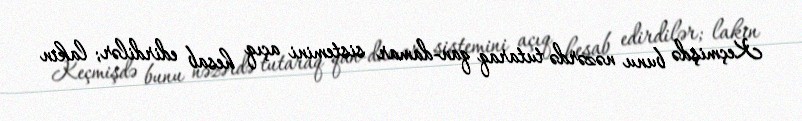
Keçmişdə bunu nəzərdə tutaraq qan-damar sistemini açıq hesab edirdilər; lakin